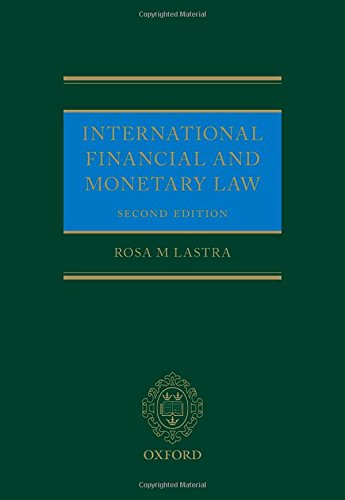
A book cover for International Financial and Monetary Law; Rosa Lastra; Law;